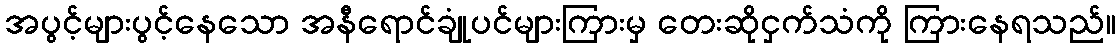
အပွင့်များပွင့်နေသော အနီရောင်ချုံပင်များကြားမှ တေးဆိုငှက်သံကို ကြားနေရသည်။